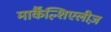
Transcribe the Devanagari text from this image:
मार्कैंल्शिएलीज़